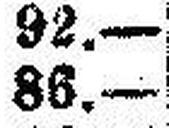
86.—